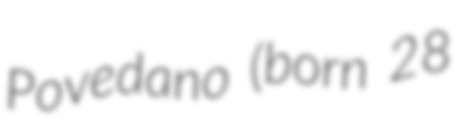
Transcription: Povedano (born 28